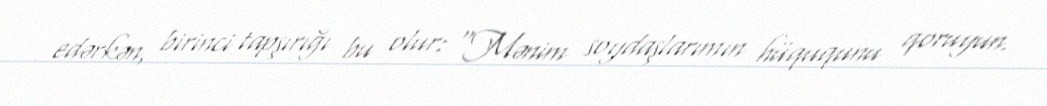
edərkən, birinci tapşırığı bu olur: “Mənim soydaşlarımın hüququnu qoruyun.